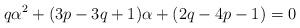
LaTeX: \begin{align*}q\alpha^2 + (3p-3q+1)\alpha + (2q-4p-1)=0 \end{align*}